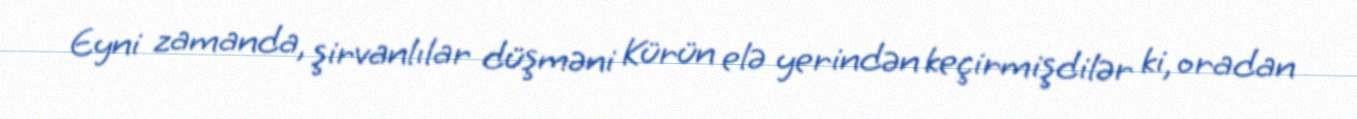
Eyni zamanda, şirvanlılar düşməni Kürün elə yerindən keçirmişdilər ki, oradan